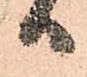
日